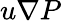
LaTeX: u\nabla P